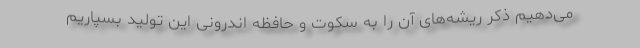
می‌دهیم ذکر ریشه‌های آن را به سکوت و حافظه اندرونی این تولید بسپاریم